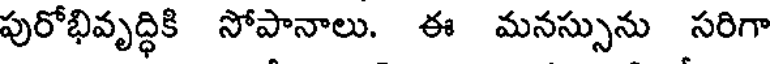
పురోభివృద్ధికి సోపానాలు. ఈ మనస్సును సరిగా